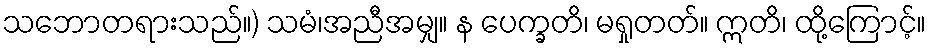
သဘောတရားသည်။) သမံ၊အညီအမျှ။ န ပေက္ခတိ၊ မရှုတတ်။ ဣတိ၊ ထို့ကြောင့်။